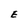
Character: E